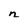
Character: n